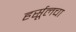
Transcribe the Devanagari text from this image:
हर्सूलचा